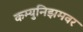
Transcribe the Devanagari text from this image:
कम्युनिझमवर